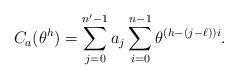
LaTeX: \begin{align*}C_a(\theta^h)=\sum_{j=0}^{n'-1} a_j\sum_{i=0}^{n-1} \theta^{(h-(j-\ell)) i}.\end{align*}